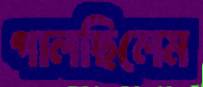
গালছিলেম